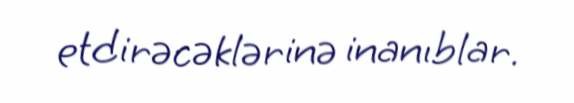
etdirəcəklərinə inanıblar.